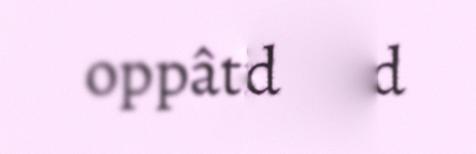
oppâtijmijd